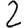
Digit: 2